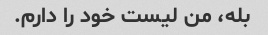
بله، من لیست خود را دارم.